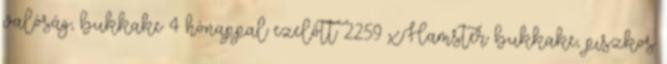
valóság, bukkake 4 hónappal ezelőtt 22:59 xHamster bukkake, piszkos